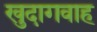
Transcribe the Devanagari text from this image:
खुदागवाह